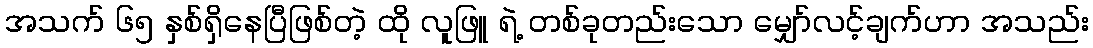
အသက် ၆၅ နှစ်ရှိနေပြီဖြစ်တဲ့ ထို လူဖြူ ရဲ့ တစ်ခုတည်းသော မျှော်လင့်ချက်ဟာ အသည်း